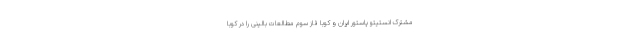
مشترک انستیتو پاستور ایران و کوبا فاز سوم مطالعات بالینی را در کوبا